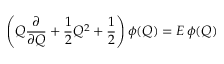
\left( Q { \frac { \partial } { \partial Q } } + { \frac { 1 } { 2 } } Q ^ { 2 } + { \frac { 1 } { 2 } } \right) \phi ( Q ) = E \, \phi ( Q )